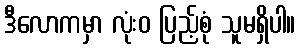
ဒီလောကမှာ လုံးဝ ပြည့်စုံ သူမရှိပါ။